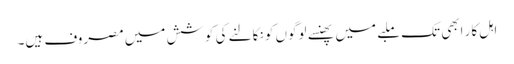
اہل کار ابھی تک ملبے میں پھنسے لوگوں کو نکالنے کی کوشش میں مصروف ہیں۔